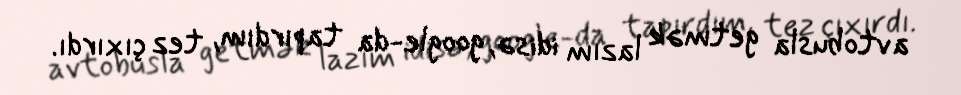
avtobusla getmək lazım idisə, google-da tapırdım, tez çıxırdı.